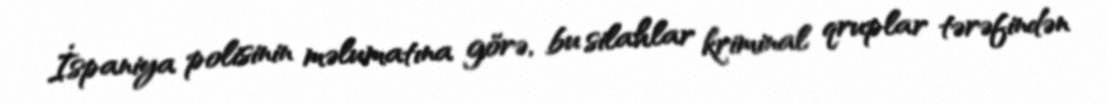
İspaniya polisinin məlumatına görə, bu silahlar kriminal qruplar tərəfindən